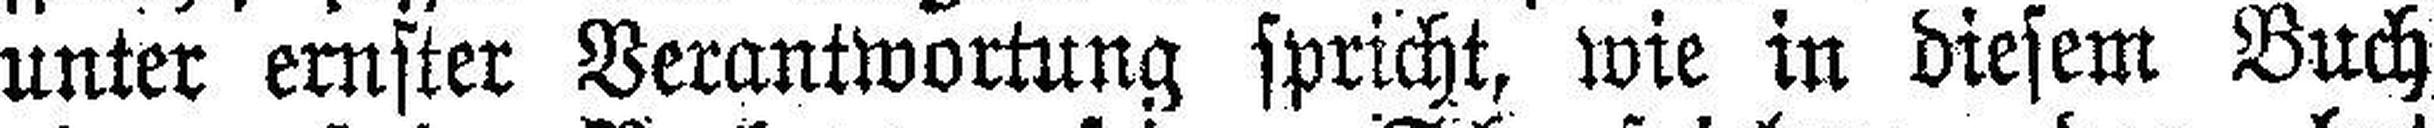
unter ernster Verantwortung spricht, wie in diesem Buch